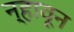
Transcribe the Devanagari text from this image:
न्हावून